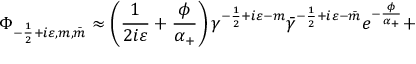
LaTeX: \Phi _ { - \frac 1 2 + i \varepsilon , m , \bar { m } } \approx \left( \frac 1 { 2 i \varepsilon } + \frac \phi { \alpha _ { + } } \right) \gamma ^ { - \frac 1 2 + i \varepsilon - m } \bar { \gamma } ^ { - \frac 1 2 + i \varepsilon - \bar { m } } e ^ { - \frac \phi { \alpha _ { + } } } +